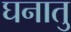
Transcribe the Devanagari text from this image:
घनातु